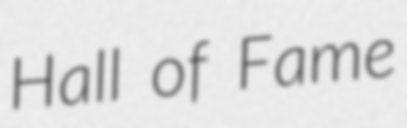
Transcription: Hall of Fame